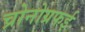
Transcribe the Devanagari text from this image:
च्रोनोग्रफई